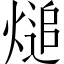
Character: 㷟